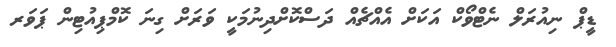
ޑީޕް ނިއުރަލް ނެޓްވޯކް އަކަށް އެއްޗެއް ދަސްކޮށްދިނުމަކީ ވަރަށް ގިނަ ކޮމްޕިއުޓިން ޕަވަރ